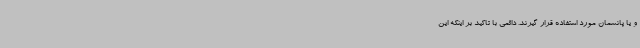
و یا پانسمان مورد استفاده قرار ‌گیرند. دائمی با تاکید بر اینکه این